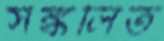
সঙ্কলিত